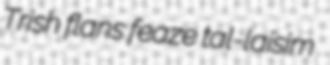
Trish flans feaze tal-laisim